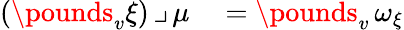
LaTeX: \begin{array}{rl}{(\pounds_{v}\xi)\, \lrcorner\, \mu}&{{}=\pounds_{v}\, \omega_{\xi}}\end{array}